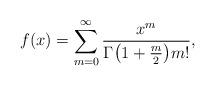
LaTeX: \begin{align*} f(x) = \sum_{m=0}^\infty \frac{x^m}{\Gamma \bigl(1 + \frac{m}{2}\bigr) m!}, \end{align*}